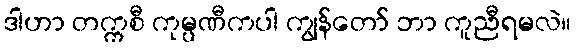
ဒါဟာ တက္ကစီ ကုမ္ပဏီကပါ ကျွန်တော် ဘာ ကူညီရမလဲ။